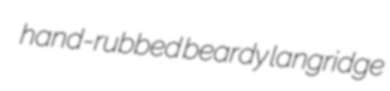
hand-rubbed beardy langridge